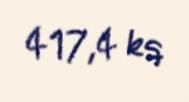
417,4 kq